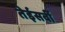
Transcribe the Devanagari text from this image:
तेईसवीं